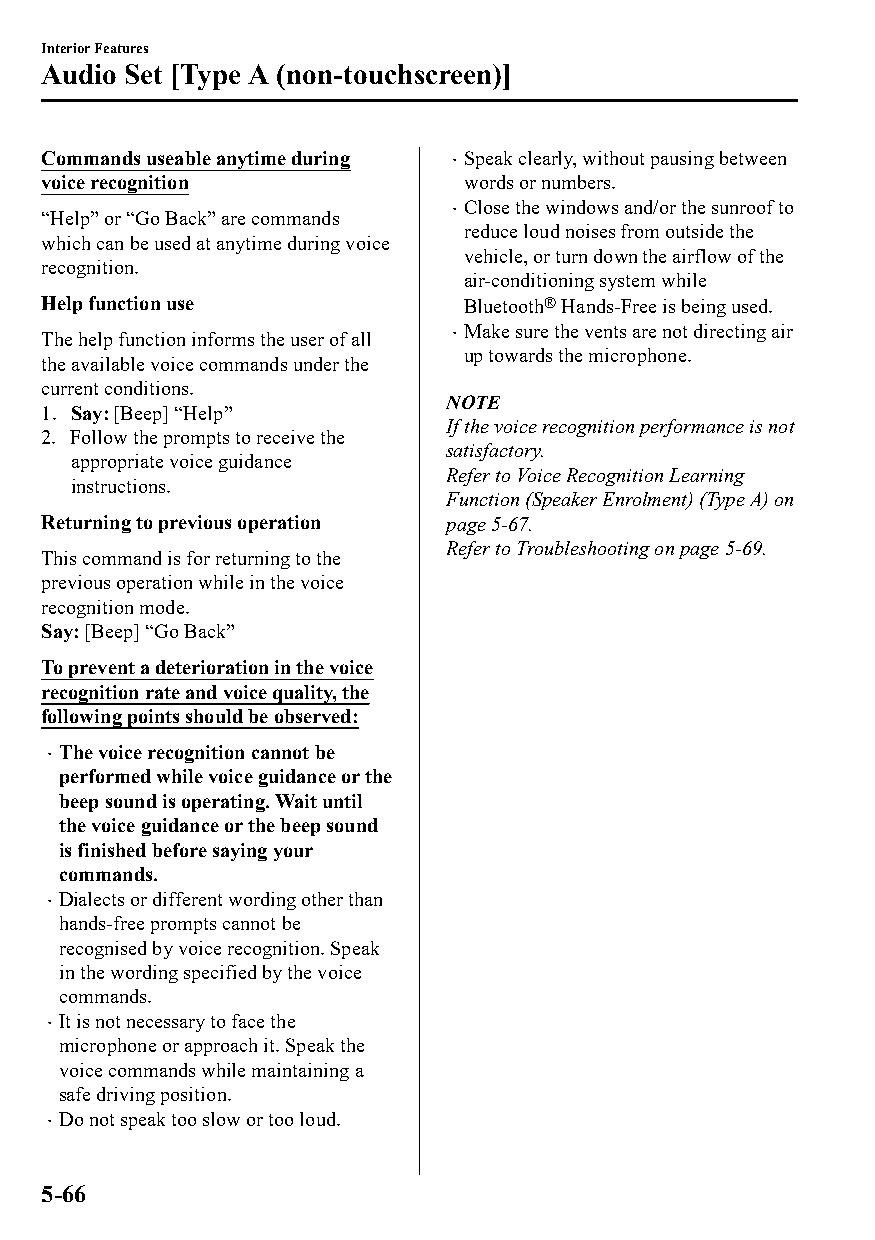
Interior Features
 Audio Set [Type A (non-touchscreen)]
 Commands useable anytime during Speak clearly, without pausing between
 
 voice recognition           words or numbers.
 Close the windows and/or the sunroof to
 “Help” or “Go Back” are commands 
 reduce loud noises from outside the
 which can be used at anytime during voice
 vehicle, or turn down the airflow of the
 recognition.
 air-conditioning system while
 Help function use           Bluetooth® Hands-Free is being used.
 Make sure the vents are not directing air
 The help function informs the user of all 
 up towards the microphone.
 the available voice commands under the
 current conditions.
 NOTE
 1. Say: [Beep] “Help”
 If the voice recognition performance is not
 2. Follow the prompts to receive the
 satisfactory.
 appropriate voice guidance
 Refer to Voice Recognition Learning
 instructions.
 Function (Speaker Enrolment) (Type A) on
 Returning to previous operation page 5-67.
 Refer to Troubleshooting on page 5-69.
 This command is for returning to the
 previous operation while in the voice
 recognition mode.
 Say: [Beep] “Go Back”
 To prevent a deterioration in the voice
 recognition rate and voice quality, the
 following points should be observed:
 The voice recognition cannot be
 
 performed while voice guidance or the
 beep sound is operating. Wait until
 the voice guidance or the beep sound
 is finished before saying your
 commands.
 Dialects or different wording other than
 
 hands-free prompts cannot be
 recognised by voice recognition. Speak
 in the wording specified by the voice
 commands.
 It is not necessary to face the
 
 microphone or approach it. Speak the
 voice commands while maintaining a
 safe driving position.
 Do not speak too slow or too loud.
 
 5-66
 CX-3_8GT4-EE-18D_Edition4                  2018-9-6 18:32:19